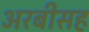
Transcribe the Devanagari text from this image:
अरबीसह